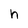
Character: h